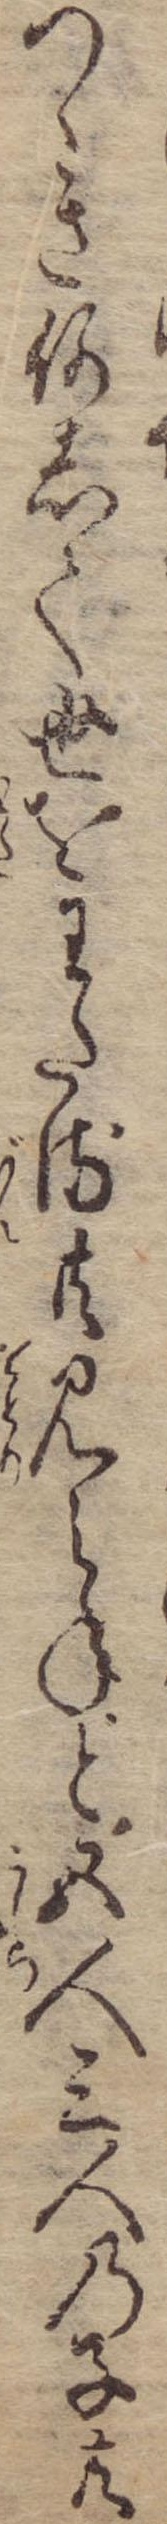
つゝき何して世をわたる共見えねど五人三人の子共